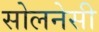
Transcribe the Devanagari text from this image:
सोलनेसी